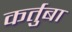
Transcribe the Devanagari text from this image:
कर्तुबा